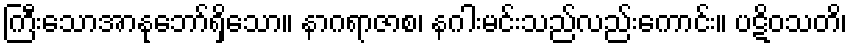
ကြီးသောအာနုဘော်ရှိသော။ နာဂရာဇာစ၊ နဂါးမင်းသည်လည်းကောင်း။ ပဋိဝသတိ၊